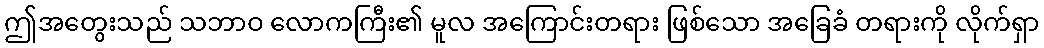
ဤအတွေးသည် သဘာဝ လောကကြီး၏ မူလ အကြောင်းတရား ဖြစ်သော အခြေခံ တရားကို လိုက်ရှာ